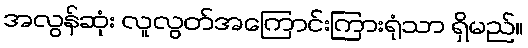
အလွန်ဆုံး လူလွတ်အကြောင်းကြားရုံသာ ရှိမည်။